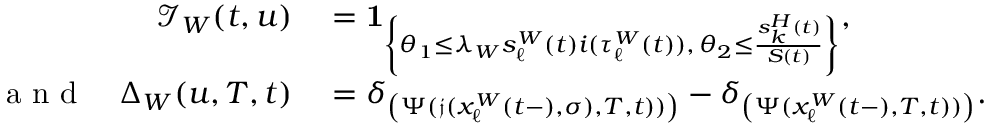
\begin{array} { r l } { \mathcal { I } _ { W } ( t , u ) } & { { } = \mathbf { 1 } _ { \left\{ \theta _ { 1 } \leq \lambda _ { W } s _ { \ell } ^ { W } ( t ) i ( \tau _ { \ell } ^ { W } ( t ) ) , \, \theta _ { 2 } \leq \frac { s _ { k } ^ { H } ( t ) } { S ( t ) } \right\} } , } \\ { \mathrm { ~ a ~ n ~ d ~ } \quad \Delta _ { W } ( u , T , t ) } & { { } = \delta _ { \left( \Psi ( \mathfrak { j } ( x _ { \ell } ^ { W } ( t - ) , \sigma ) , T , t ) ) \right) } - \delta _ { \left( \Psi ( x _ { \ell } ^ { W } ( t - ) , T , t ) ) \right) } . } \end{array}